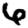
Digit: 6